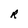
Character: R